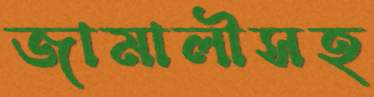
জামালীসহ